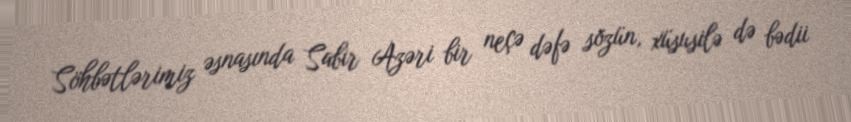
Söhbətlərimiz əsnasında Sabir Azəri bir neçə dəfə sözün, xüsusilə də bədii